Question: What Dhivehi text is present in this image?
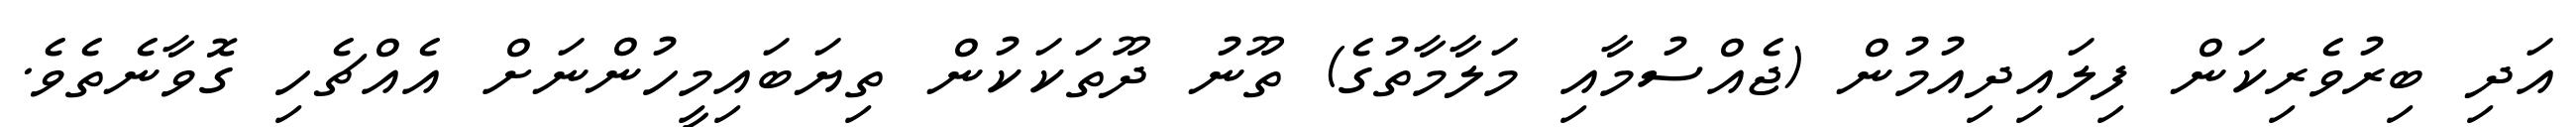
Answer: އަދި ބިރުވެރިކަން ފިލައިދިއުމުން (ޖެއްސުމާއި މަލާމާތުގެ) ތޫނު ދޫތަކަކުން ތިޔަބައިމީހުންނަށް އެއްޗެހި ގޮވާނެތެވެ.